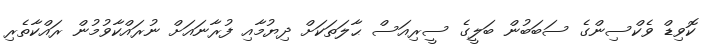
ކޮވިޑް ވެކްސިންގެ ސަބަބުން ބަލީގެ ސީރިއަސް ޙާލަތަކަށް ދިޔުމާއި ފުރާނައަށް ނުރައްކާވުމުން ރައްކާތެރި